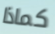
كماذا